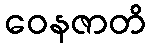
ဝေနဇာတိ